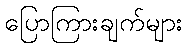
ပြောကြားချက်များ